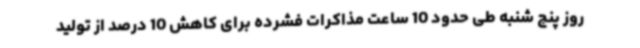
روز پنج شنبه طی حدود 10 ساعت مذاکرات فشرده برای کاهش 10 درصد از تولید